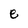
Character: e